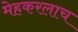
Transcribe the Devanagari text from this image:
मेहकरलाच